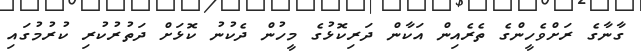
ގާނާގެ ރަށްވެހީންގެ ތެރެއިން އަކާން ދަރިކޮޅުގެ މީހުން ދެކުނު ކޮޅަށް ދަތުރުކުރި ކުރުމުގައި